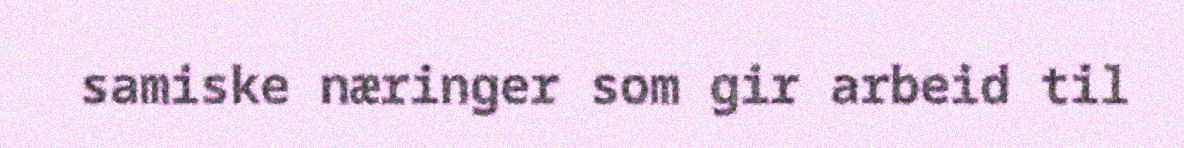
samiske næringer som gir arbeid til